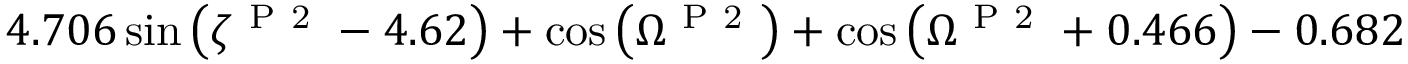
4 . 7 0 6 \sin { \left( \zeta ^ { \mathrm { ~ P ~ 2 ~ } } - 4 . 6 2 \right) } + \cos { \left( \Omega ^ { \mathrm { ~ P ~ 2 ~ } } \right) } + \cos { \left( \Omega ^ { \mathrm { ~ P ~ 2 ~ } } + 0 . 4 6 6 \right) } - 0 . 6 8 2